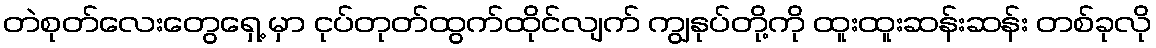
တဲစုတ်လေးတွေရှေ့ မှာ ငုပ်တုတ်ထွက်ထိုင်လျက် ကျွနုပ်တို့ကို ထူးထူးဆန်းဆန်း တစ်ခုလို